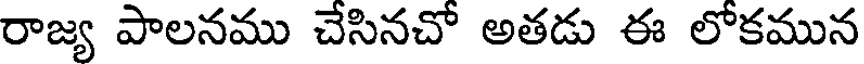
రాజ్య పాలనము చేసినచో అతడు ఈ లోకమున